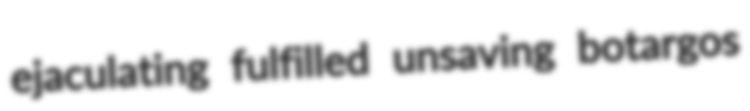
ejaculating fulfilled unsaving botargos